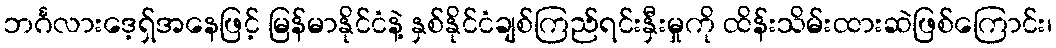
ဘင်္ဂလားဒေ့ရှ်အနေဖြင့် မြန်မာနိုင်ငံနဲ့ နှစ်နိုင်ငံချစ်ကြည်ရင်းနှီးမှုကို ထိန်းသိမ်းထားဆဲဖြစ်ကြောင်း၊